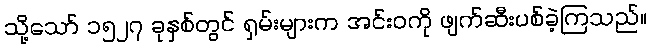
သို့သော် ၁၅၂၇ ခုနှစ်တွင် ရှမ်းများက အင်းဝကို ဖျက်ဆီးပစ်ခဲ့ကြသည်။